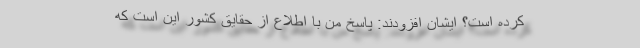
کرده است؟ ایشان افزودند: پاسخ من با اطلاع از حقایق کشور این است که